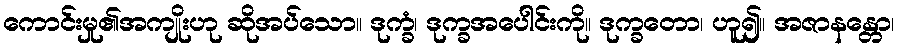
ကောင်းမှု၏အကျိုးဟု ဆိုအပ်သော။ ဒုက္ခံ၊ ဒုက္ခအပေါင်းကို။ ဒုက္ခတော၊ ဟူ၍။ အဇာနန္တော၊